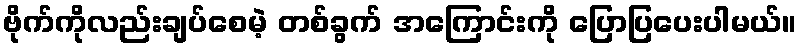
ဗိုက်ကိုလည်းချပ်စေမဲ့ တစ်ခွက် အကြောင်းကို ပြောပြပေးပါမယ်။